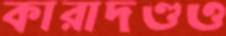
কারাদণ্ডও